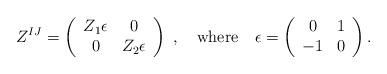
LaTeX: \begin{align*}Z^{IJ} = \left(\begin{array}{cc}Z_1 \epsilon & 0 \\ 0 &Z_2\epsilon\end{array}\right) \ , \quad {\rm where}\quad \epsilon = \left(\begin{array}{cc} 0 & 1 \\ -1 & 0 \end{array}\right).\end{align*}